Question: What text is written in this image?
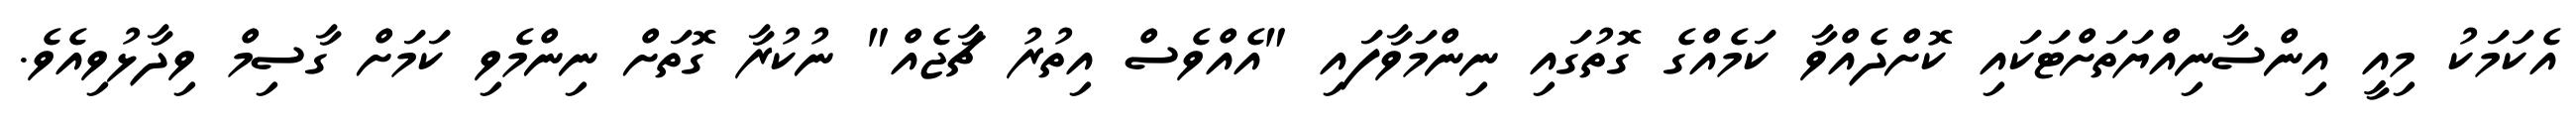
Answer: އެކަމަކު މިއީ އިންސާނިއްޔަތަށްޓަކައި ކޮށްދެއްވާ ކަމެއްގެ ގޮތުގައި ނިންމަވާފައި "އެއްވެސް އިތުރު ޗާޖެއް" ނުކުރާ ގޮތަށް ނިންމެވި ކަމަށް ގާސިމް ވިދާޅުވިއެވެ.